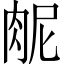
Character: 𫆜